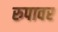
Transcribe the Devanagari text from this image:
रुपावर